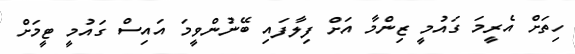
ހިތަށް އެރީމަ ގައުމީ ޒިންމާ އަށް ފިލާފައި ބޭނުންވީމަ އައިސް ގައުމީ ޓީމަށް